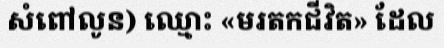
សំពៅលូន) ឈ្មោះ «មរតកជីវិត» ដែល